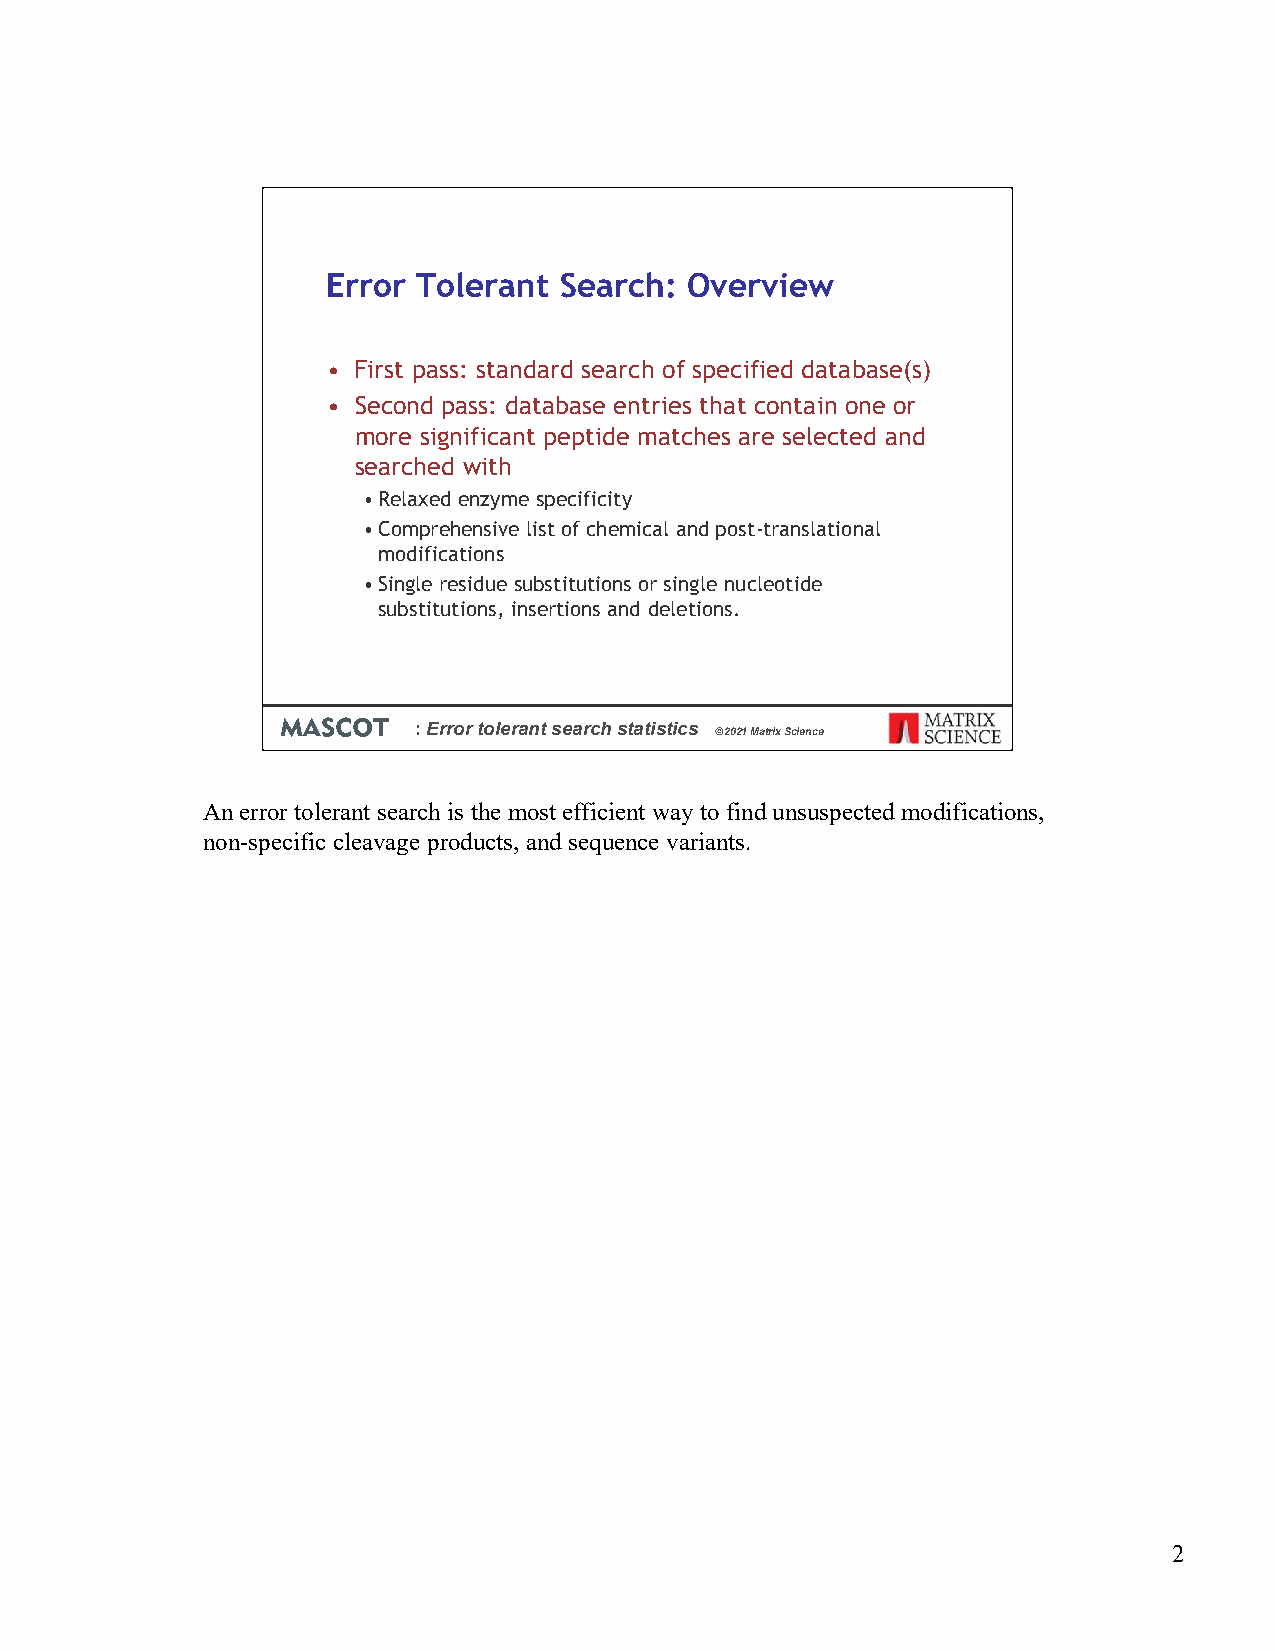
Error Tolerant Search:  Overview
 • First pass: standard search of specified database(s)
 • Second pass: database entries that contain one or
 more significant peptide matches are selected and
 searched with
 •Relaxed enzyme specificity
 •Comprehensive list of chemical and post-translational
 modifications
 •Single residue substitutions or single nucleotide
 substitutions, insertions and deletions.
 : Error tolerant search statistics
 © 2021 Matrix Science
 An error tolerant search is the most efficient way to find unsuspected modifications,
 non-specific cleavage products, and sequence variants.
 2